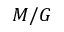
M / G